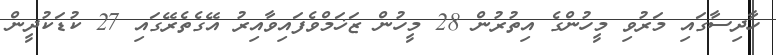
ހާދިސާގައި މަރުވި މީހުންގެ އިތުރުން 28 މީހުން ޒަޚަމްވެފައިވާއިރު އޭގެތެރޭގައި 27 ކުޑަކުދީން